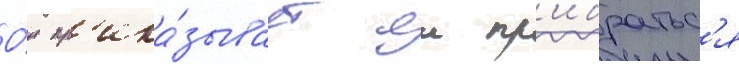
О́н пр'ика́зывает еи пр'ибратьс'я